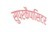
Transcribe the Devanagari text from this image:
सुपरकैपासिटर